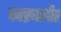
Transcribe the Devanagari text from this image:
करप्रणालीत